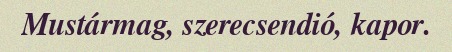
Mustármag, szerecsendió, kapor.